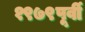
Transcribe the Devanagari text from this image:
१९७९पूर्वी